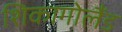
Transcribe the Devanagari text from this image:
शिकागोलैंड